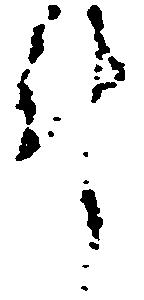
計